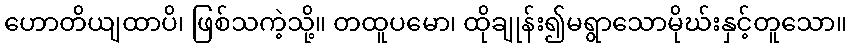
ဟောတိယျထာပိ၊ ဖြစ်သကဲ့သို့။ တထူပမော၊ ထိုချုန်း၍မရွာသောမိုဃ်းနှင့်တူသော။